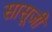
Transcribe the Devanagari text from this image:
सासूजी